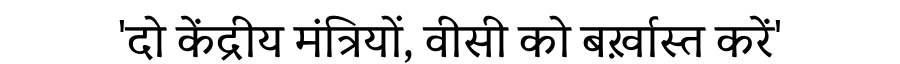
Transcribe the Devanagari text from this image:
'दो केंद्रीय मंत्रियों, वीसी को बर्ख़ास्त करें'